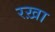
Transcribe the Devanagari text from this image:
रख़ा